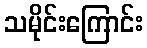
သမိုင်းကြောင်း